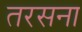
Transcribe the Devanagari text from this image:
तरसना